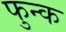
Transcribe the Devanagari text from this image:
फुन्क